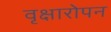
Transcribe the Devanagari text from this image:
वृक्षारोपन